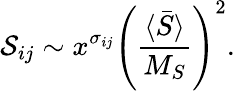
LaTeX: {\cal S}_{ij}\sim x^{\sigma_{ij}}\left(\frac{\langle\bar{S}\rangle}{M_{S}}\right)^{2}.